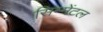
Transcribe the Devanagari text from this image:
सिम्मेंटल